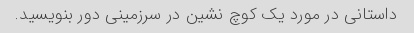
داستانی در مورد یک کوچ نشین در سرزمینی دور بنویسید.